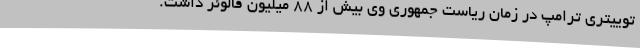
توییتری ترامپ در زمان ریاست جمهوری وی بیش از 88 میلیون فالوئر داشت.